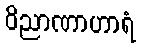
ဝိညာဏာဟာရံ